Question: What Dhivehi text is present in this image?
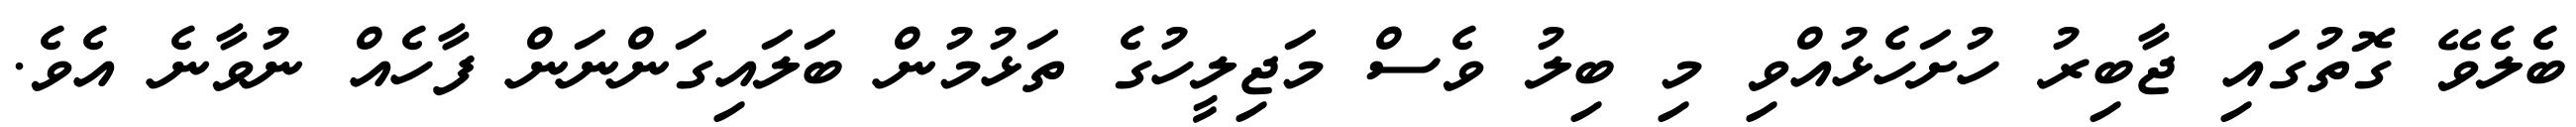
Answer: ބެލެވޭ ގޮތުގައި ޖާބިރު ހުށަހެޅުއްވި މި ބިލު ވެސް މަޖިލީހުގެ ތަޅުމުން ބަލައިގަންނަން ފާހެއް ނުވާނެ އެވެ.